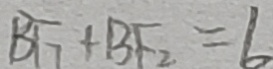
B F _ { 7 } + B F _ { 2 } = 6